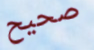
صحيح